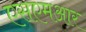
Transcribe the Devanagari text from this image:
एसएमआर